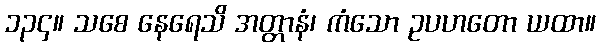
၁၃၄။ သစေ နေရေသိ အတ္တာနံ၊ ကံသော ဥပဟတော ယထာ။